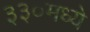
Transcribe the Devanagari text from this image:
३३०मध्ये